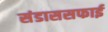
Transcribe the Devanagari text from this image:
संडाससफाई